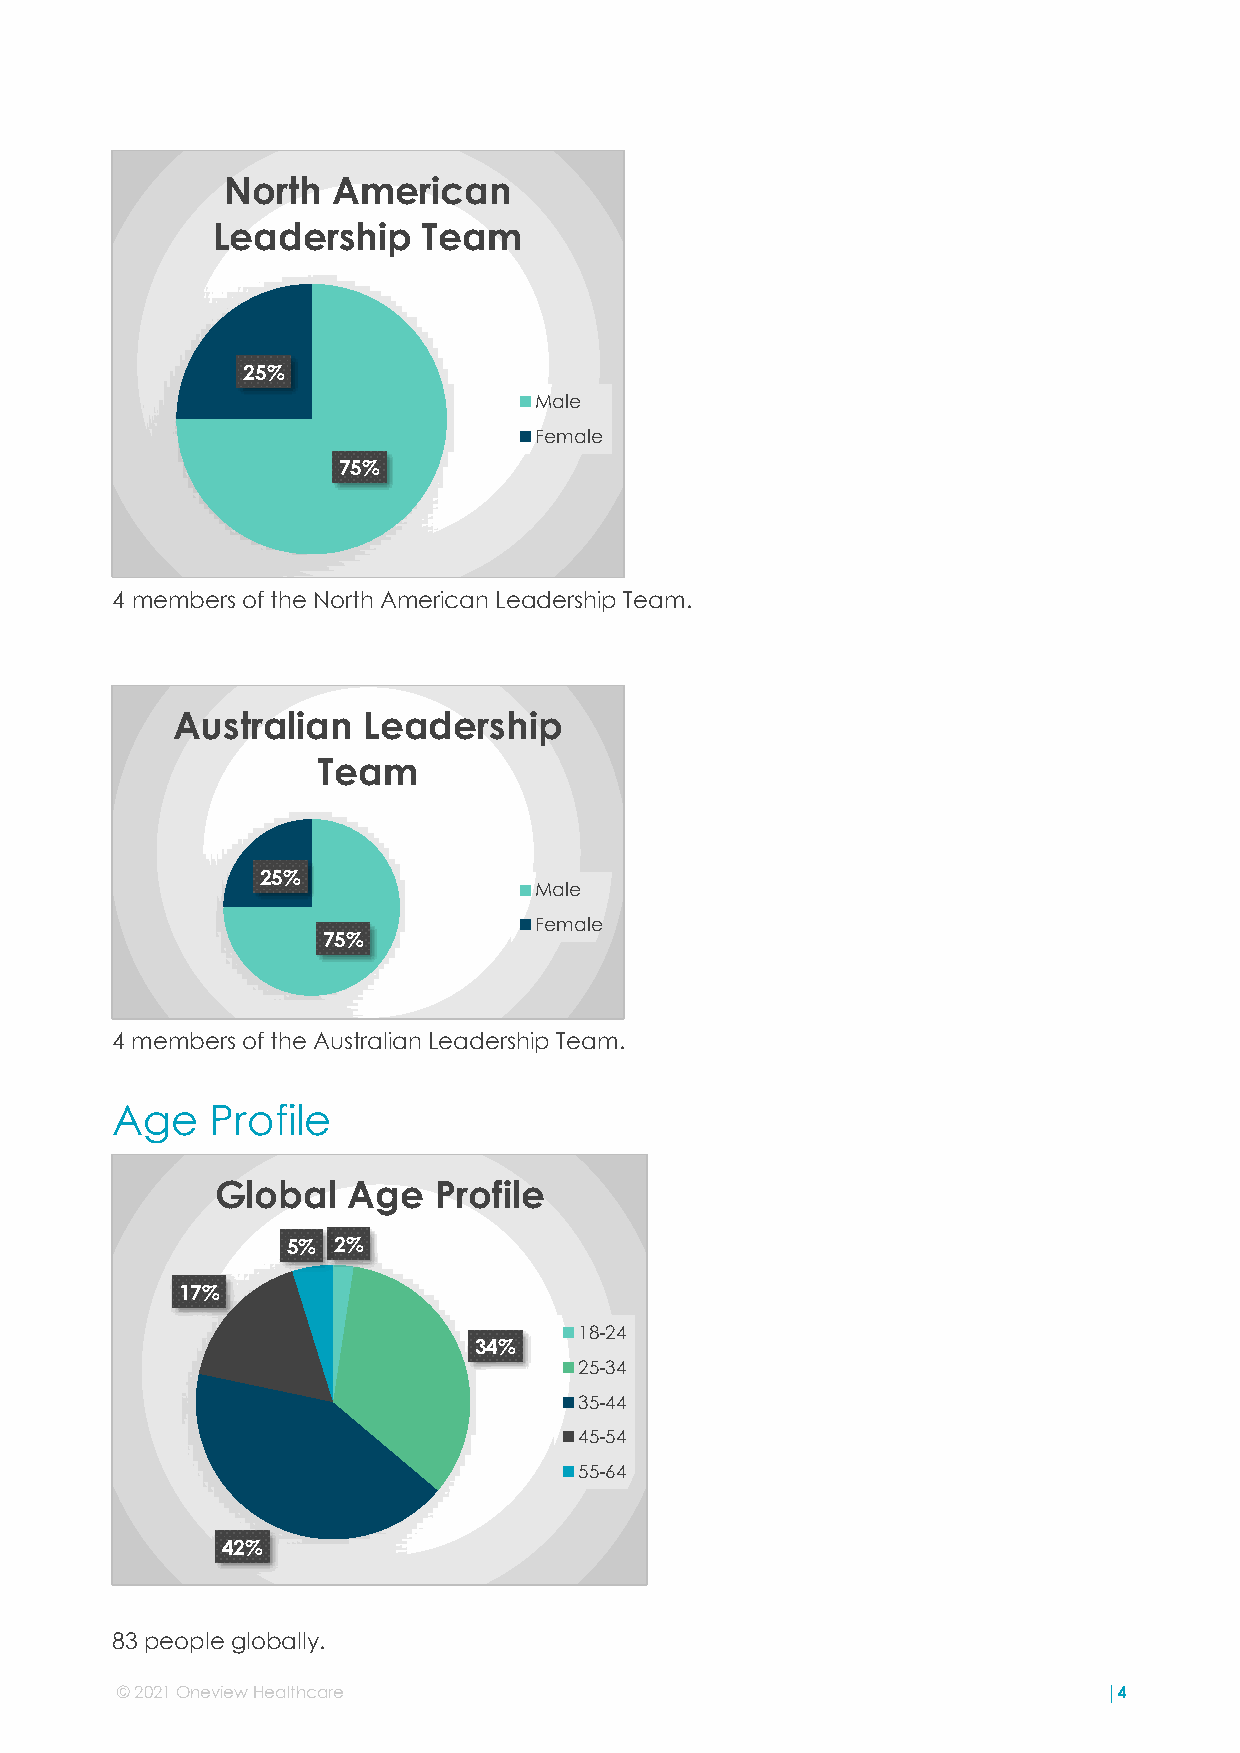
North  American
 Leadership    Team
 25%
 Male
 Female
 75%
 4 members of the North American Leadership Team.
 Australian   Leadership
 Team
 25%
 Male
 Female
 75%
 4 members of the Australian Leadership Team.
 Age    Profile
 Global   Age   Profile
 5% 2%
 17%
 18-24
 34%
 25-34
 35-44
 45-54
 55-64
 42%
 83 people globally.
 © 2021 Oneview Healthcare                                        |4
 ©